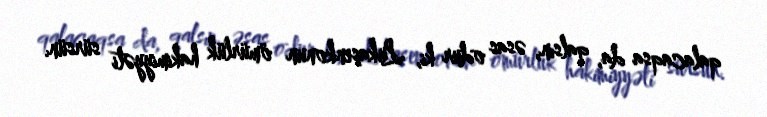
qalacaqsa da, qalsın, əsas odur ki, Lukaşenkonun ömürlük hakimiyyəti sürsün.